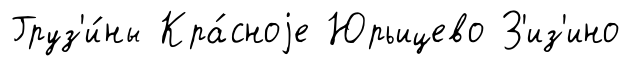
Груз'и́ны Кра́сноjе Юрьицево З'из'ино